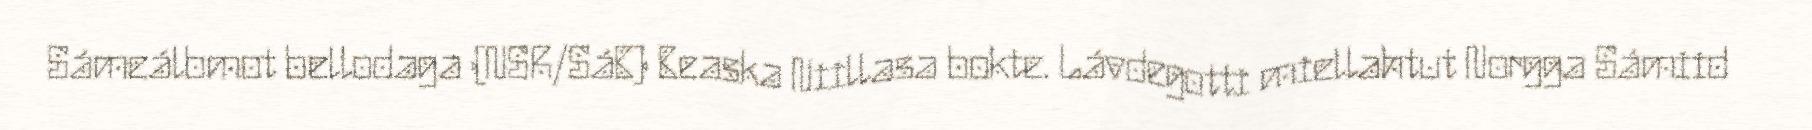
Sámeálbmot bellodaga (NSR/SáB) Beaska Niillasa bokte. Lávdegotti miellahtut Norgga Sámiid